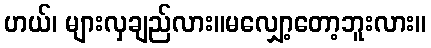
ဟယ်၊ များလှချည်လား။မလျှော့တော့ဘူးလား။